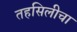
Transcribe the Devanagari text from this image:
तहसिलीचा